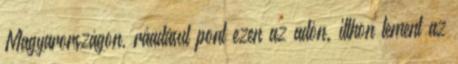
Magyarországon, ráadásul pont ezen az adón. itthon lement az